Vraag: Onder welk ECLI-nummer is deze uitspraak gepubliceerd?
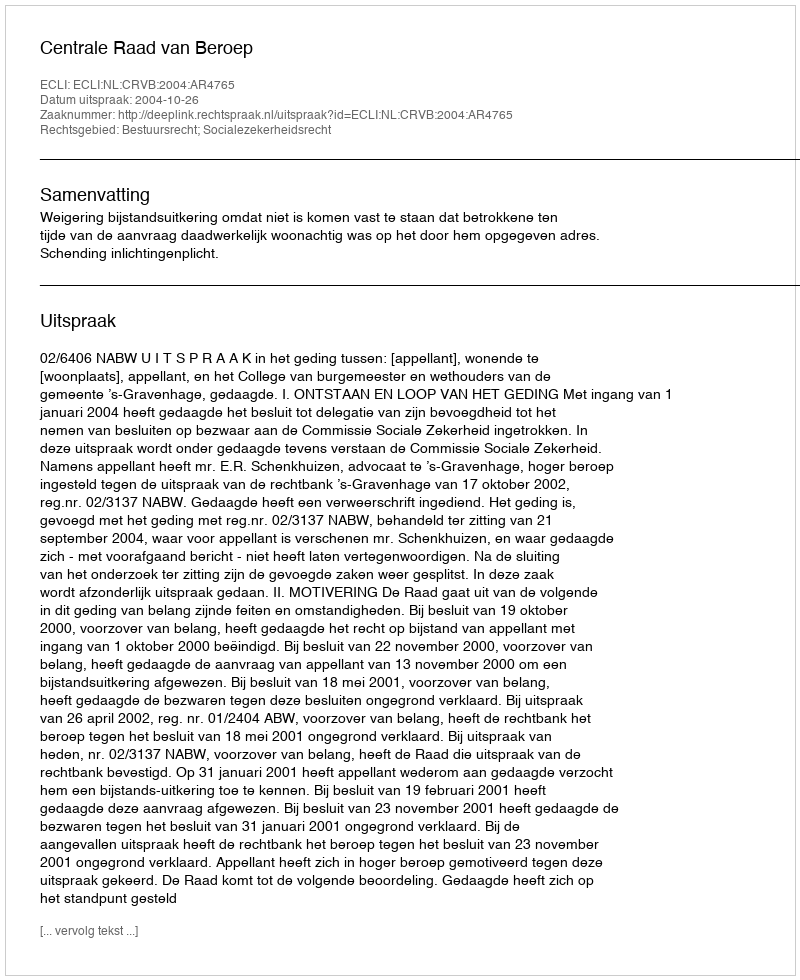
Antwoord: ECLI:NL:CRVB:2004:AR4765